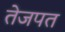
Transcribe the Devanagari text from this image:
तेजपत